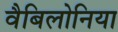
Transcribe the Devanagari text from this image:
वैबिलोनिया